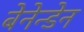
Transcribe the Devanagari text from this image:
बेनेन्डेन